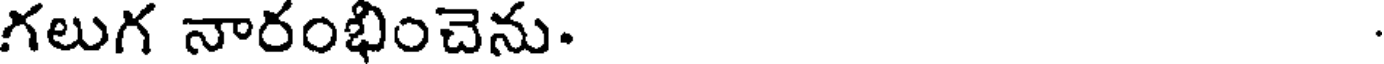
గలుగ నారంభించెను.